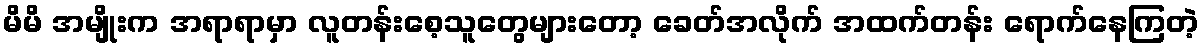
မိမိ အမျိုးက အရာရာမှာ လူတန်းစေ့သူတွေများတော့ ခေတ်အလိုက် အထက်တန်း ရောက်နေကြတဲ့